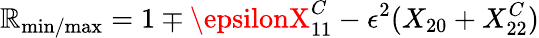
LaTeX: \mathbb{R}_{\mathrm{{min/max}}}=1\mp\epsilonX_{11}^{C}-\epsilon^{2}(X_{20}+X_{22}^{C})